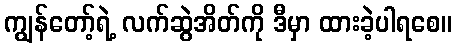
ကျွန်တော့်ရဲ့ လက်ဆွဲအိတ်ကို ဒီမှာ ထားခဲ့ပါရစေ။